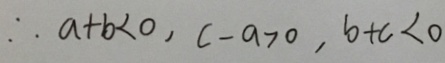
\therefore a + b < 0 , c - a > 0 , b + c < 0